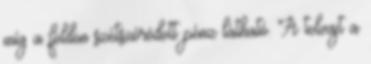
míg a földön szétszóródott pénz látható. A tolvajt a